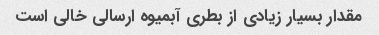
مقدار بسیار زیادی از بطری آبمیوه ارسالی خالی است